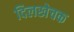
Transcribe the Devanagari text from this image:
दिलखेचक